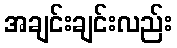
အချင်းချင်းလည်း